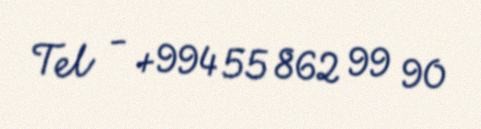
Tel - +994 55 862 99 90